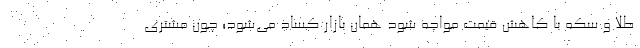
طلا و سکه با کاهش قیمت مواجه شود همان بازار کساد می‌شود؛ چون مشتری